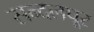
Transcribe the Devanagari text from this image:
सन्दलपूर